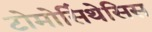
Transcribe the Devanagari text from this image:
टोमोसिंथेसिस